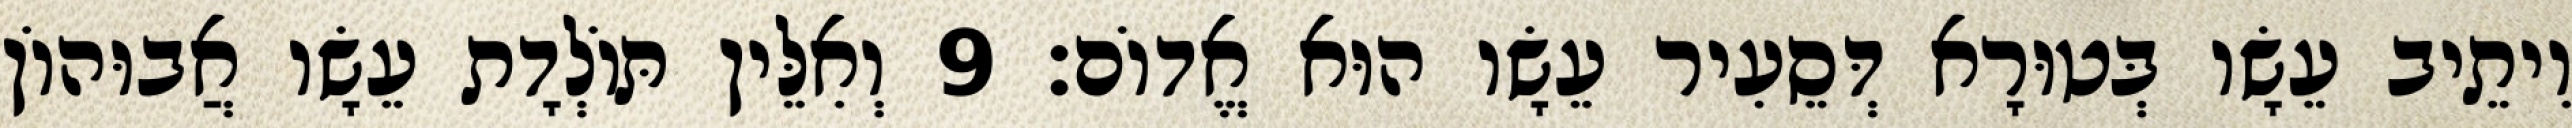
וִיתֵיב עֵשָׂו בְּטוּרָא דְּסֵעִיר עֵשָׂו הוּא אֱדוֹם׃ 9 וְאִלֵּין תּוֹלְדָת עֵשָׂו אֲבוּהוֹן